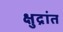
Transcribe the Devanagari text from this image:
क्षुद्रांत